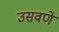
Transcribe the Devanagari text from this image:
उसवणे